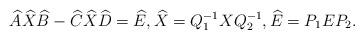
LaTeX: \begin{align*} \widehat{A}\widehat{X}\widehat{B} - \widehat{C}\widehat{X}\widehat{D} = \widehat{E}, \widehat{X} = Q_1^{-1}XQ_2^{-1}, \widehat{E} = P_1EP_2.\end{align*}